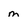
Character: m